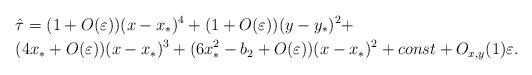
LaTeX: \begin{align*}&\hat\tau=(1+O(\varepsilon))(x-x_*)^4 + (1+O(\varepsilon))(y-y_*)^2+\cr & (4x_*+O(\varepsilon))(x-x_*)^3+(6x_*^2-b_2+O(\varepsilon))(x-x_*)^2+const+O_{x,y}(1)\varepsilon.\end{align*}